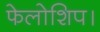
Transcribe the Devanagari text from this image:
फेलोशिप।